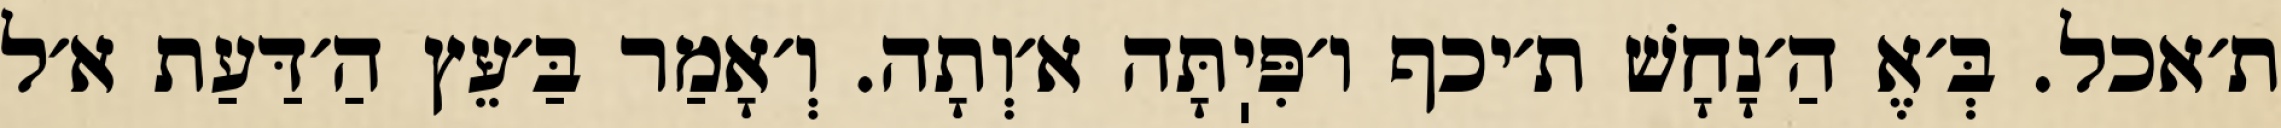
ת׳אכל. בְּ׳אֶ הַ׳נָחָשׁ ת׳יכף ו׳פִּיֽתָּה א׳וְתָה. וְ׳אָמַר בַּ׳עֵּץ הַ׳דַּעַת א׳ל